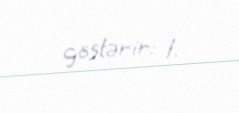
göstərir: 1.